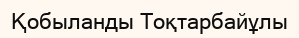
Қобыланды Тоқтарбайұлы